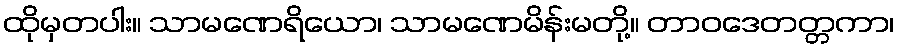
ထိုမှတပါး။ သာမဏေရိယော၊ သာမဏေမိန်းမတို့။ တာဝဒေတတ္တကာ၊